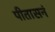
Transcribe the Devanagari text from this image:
पीतासनं